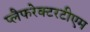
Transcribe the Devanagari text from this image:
प्लैफरेक्टरटीएम